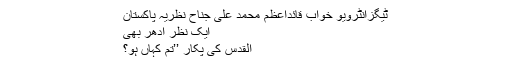
ٹیگزانٹرویو خواب قائداعظم محمد علی جناح نظریہ پاکستان
ایک نظر اِدھر بھی
القدس کی پکار ’’تم کہاں ہو؟